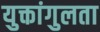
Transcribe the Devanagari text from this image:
युक्तांगुलता